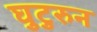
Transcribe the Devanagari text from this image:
घुटुरुन